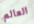
العالم